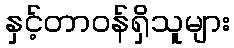
နှင့်တာဝန်ရှိသူများ